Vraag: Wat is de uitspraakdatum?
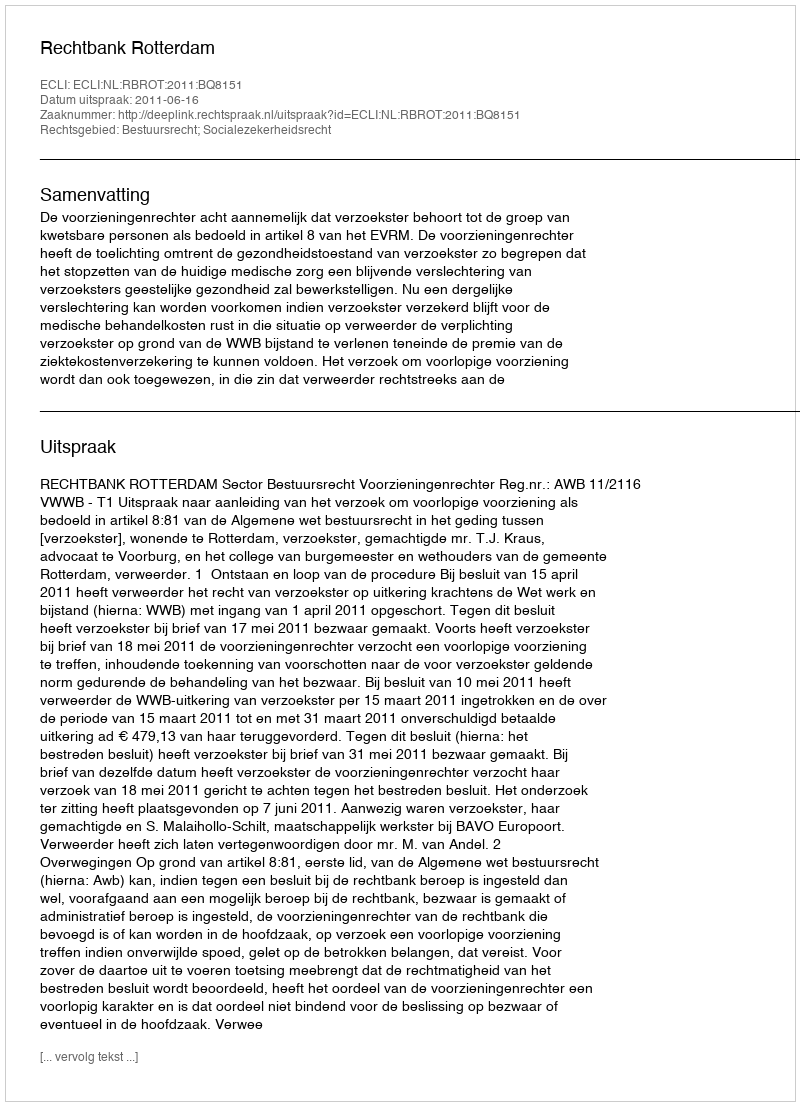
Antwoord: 2011-06-16